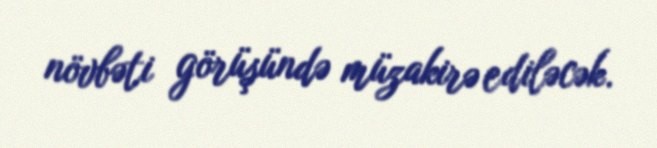
növbəti görüşündə müzakirə ediləcək.